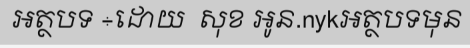
អត្ថបទ ÷ដោយ  សុខ អូន.nykអត្ថបទមុន